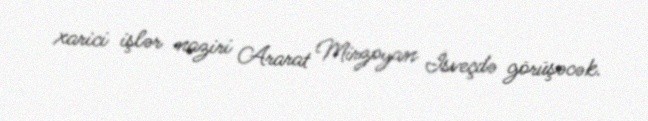
xarici işlər naziri Ararat Mirzoyan İsveçdə görüşəcək.